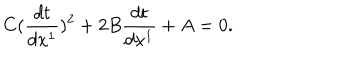
C ( \frac { d t } { d x ^ { 1 } } ) ^ { 2 } + 2 B \frac { d t } { d x ^ { 1 } } + A = 0 .